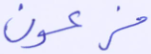
فرعون